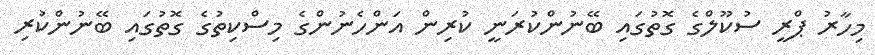
މިހާރު ޕްރީ ސުކޫލްގެ ގޮތުގައި ބޭނުންކުރަނީ ކުރިން އަންހެނުންގެ މިސްކިތުގެ ގޮތުގައި ބޭނުންކުރި